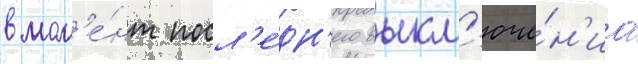
в мом'е́нт посл'е́дн'его выкл'юче́н'иа